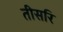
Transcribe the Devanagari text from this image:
तीसरि